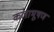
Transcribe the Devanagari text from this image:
कलाभूषण